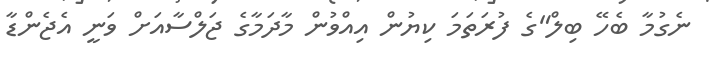
ނެގުމާ ބެހޭ ބިލް"ގެ ފުރަތަމަ ކިޔުން އިއްވުން މާދަމާގެ ޖަލްސާއަށް ވަނީ އެޖެންޑާ